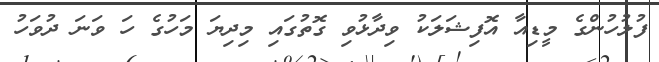
ފުލުހުންގެ މީޑިއާ އޮފިޝަލަކު ވިދާޅުވި ގޮތުގައި މިދިޔަ މަހުގެ ހަ ވަނަ ދުވަހު